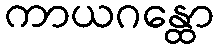
ကာယဂန္ထော